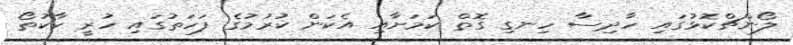
ލޯންޗްކޮޅުގައި ހާދިސާ ހިނގި ގޮތް ކަމަށާއި އެކަން ކުރުމުގެ ފަހަތުގައި ހުރީ ކާކުތޯ